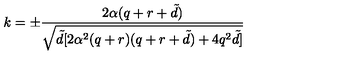
k = \pm \frac { 2 \alpha ( q + r + { \tilde { d } } ) } { \sqrt { { \tilde { d } } [ 2 \alpha ^ { 2 } ( q + r ) ( q + r + { \tilde { d } } ) + 4 q ^ { 2 } { \tilde { d } } ] } }